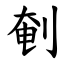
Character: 剦